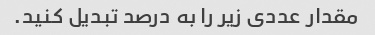
مقدار عددی زیر را به درصد تبدیل کنید.